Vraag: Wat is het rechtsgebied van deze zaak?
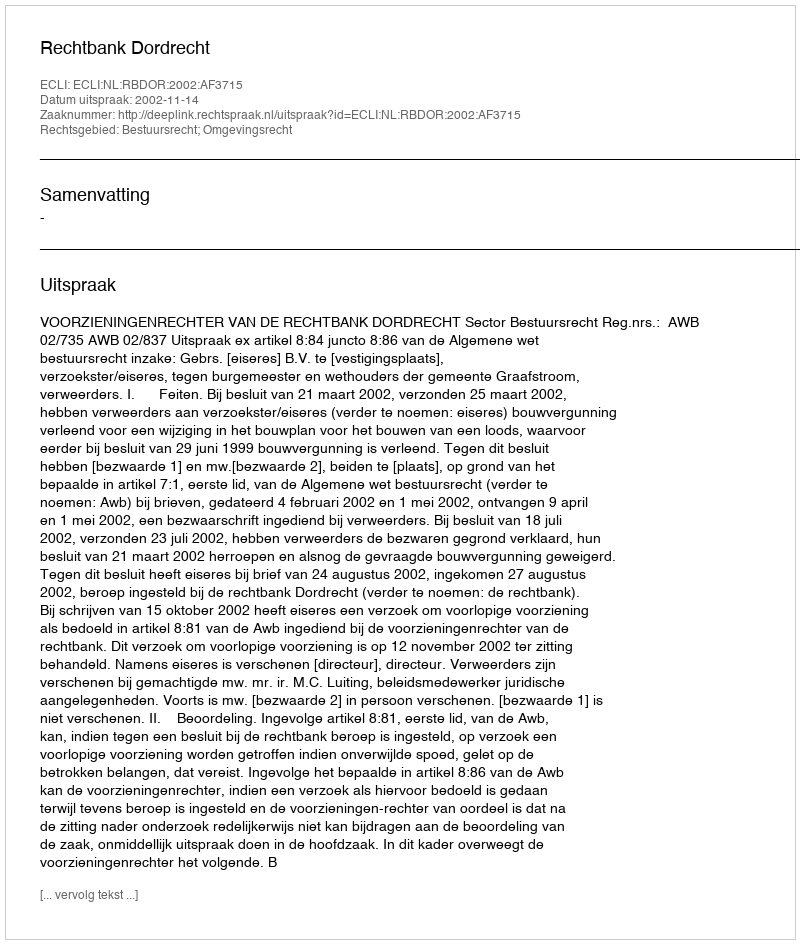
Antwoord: Bestuursrecht; Omgevingsrecht